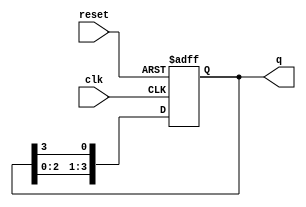
module ring_counter (
    input wire clk,         // Clock input
    input wire reset,       // Asynchronous reset input
    output reg [3:0] q      // 4-bit output representing the state of the counter
);

    // Initial state for the ring counter
    initial begin
        q = 4'b0001;        // Initialize to 0001
    end

    // Always block triggered on the rising edge of the clock or on reset
    always @(posedge clk or posedge reset) begin
        if (reset) begin
            q <= 4'b0001;    // Reset to initial state 0001
        end else begin
            // Shift the '1' to the next position in the ring
            q <= {q[2:0], q[3]}; // Shift left and wrap the last bit to the first
        end
    end

endmodule